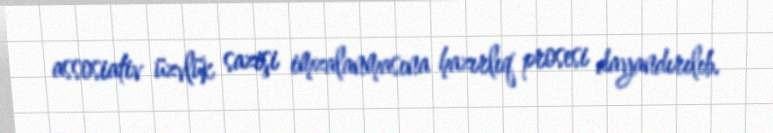
assosiativ üzvlük sazişi imzalanmasına hazırlıq prosesi dayandırılıb.